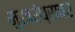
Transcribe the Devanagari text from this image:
मुखरंध्रावर